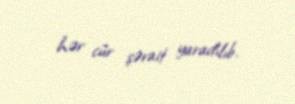
hər cür şərait yaradılıb.